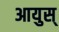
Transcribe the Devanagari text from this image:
आयुस्‌